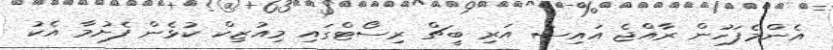
އެންމެފަހުން ރާއްޖެ އައިސް އަރި ބީޗް ރިސޯޓްގައި މިއުޒިކް ކުޅެން ފެށުމާ އެކު